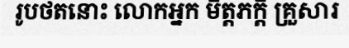
រូបថតនោះ លោកអ្នក មិត្តភក្តិ គ្រួសារ